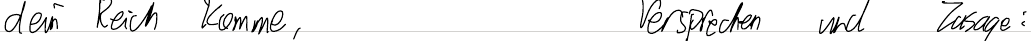
dein Reich komme,     Versprechen und Zusage: